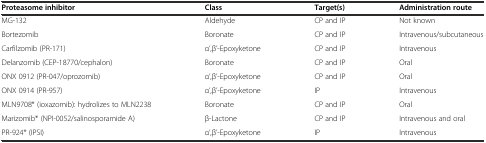
<table><thead><tr><td><b>Proteasome inhibitor</b></td><td><b>Class</b></td><td><b>Target(s)</b></td><td><b>Administration route</b></td></tr></thead><tbody><tr><td>MG-132</td><td>Aldehyde</td><td>CP and IP</td><td>Not known</td></tr><tr><td>Bortezomib</td><td>Boronate</td><td>CP and IP</td><td>Intravenous/subcutaneous</td></tr><tr><td>Carfilzomib (PR-171)</td><td>α’,β’-Epoxyketone</td><td>CP and IP</td><td>Intravenous</td></tr><tr><td>Delanzomib (CEP-18770/cephalon)</td><td>Boronate</td><td>CP and IP</td><td>Oral</td></tr><tr><td>ONX 0912 (PR-047/oprozomib)</td><td>α’,β’-Epoxyketone</td><td>CP and IP</td><td>Oral</td></tr><tr><td>ONX 0914 (PR-957)</td><td>α’,β’-Epoxyketone</td><td>IP</td><td>Intravenous</td></tr><tr><td>MLN9708* (ioxazomib): hydrolizes to MLN2238</td><td>Boronate</td><td>CP and IP</td><td>Oral</td></tr><tr><td>Marizomib* (NPI-0052/salinosporamide A)</td><td>β-Lactone</td><td>CP and IP</td><td>Intravenous and oral</td></tr><tr><td>PR-924* (IPSI)</td><td>α’,β’-Epoxyketone</td><td>IP</td><td>Intravenous</td></tr></tbody></table>